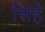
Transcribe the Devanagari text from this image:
सिंहे